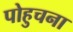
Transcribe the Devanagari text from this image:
पोहुचना